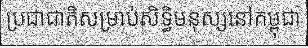
ប្រជាជាតិសម្រាប់សិទ្ធិមនុស្សនៅកម្ពុជា